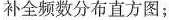
补全频数分布直方图；